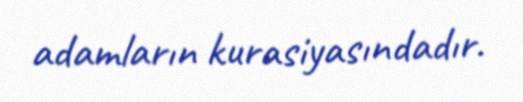
adamların kurasiyasındadır.